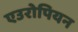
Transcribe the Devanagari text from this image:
एउरोपियन